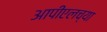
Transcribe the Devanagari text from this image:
आपीएलच्या